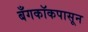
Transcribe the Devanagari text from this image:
बँगकॉकपासून